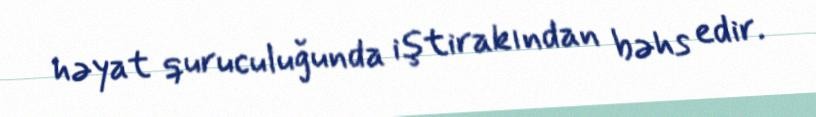
həyat quruculuğunda iştirakından bəhs edir.